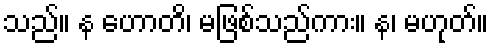
သည်။ န ဟောတိ၊ မဖြစ်သည်ကား။ န၊ မဟုတ်။